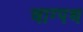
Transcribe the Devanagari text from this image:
वाग्पथ